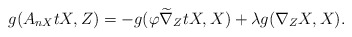
\begin{align*}g(A_{nX}tX,Z)=-g(\varphi \widetilde\nabla_{Z}tX, X)+\lambda g(\nabla_{Z}X, X).\end{align*}